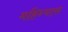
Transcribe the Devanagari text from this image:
महिन्यास